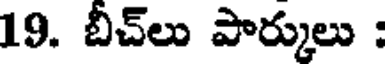
19. బీచ్లు పార్కులు :